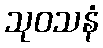
သုဝသနံ